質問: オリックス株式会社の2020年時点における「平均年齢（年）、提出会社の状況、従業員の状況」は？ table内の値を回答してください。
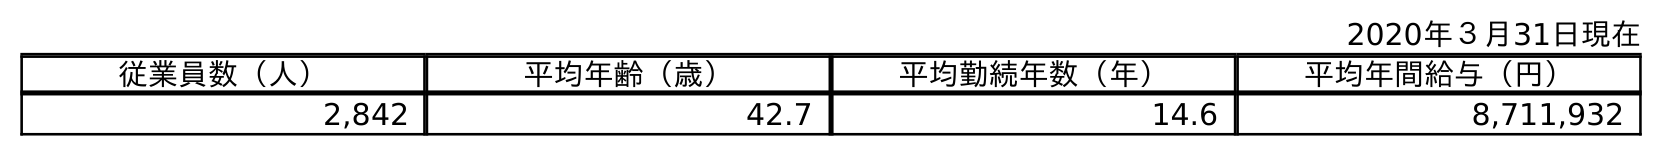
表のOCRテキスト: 2020年３月31日現在 従業員数（人） 平均年齢（歳） 平均勤続年数（年） 平均年間給与（円） 2,842 42.7 14.6 8,711,932
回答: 42.7